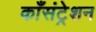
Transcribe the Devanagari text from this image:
काँसंट्रेशन